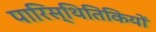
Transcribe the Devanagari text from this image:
पारिस्थितिकियों